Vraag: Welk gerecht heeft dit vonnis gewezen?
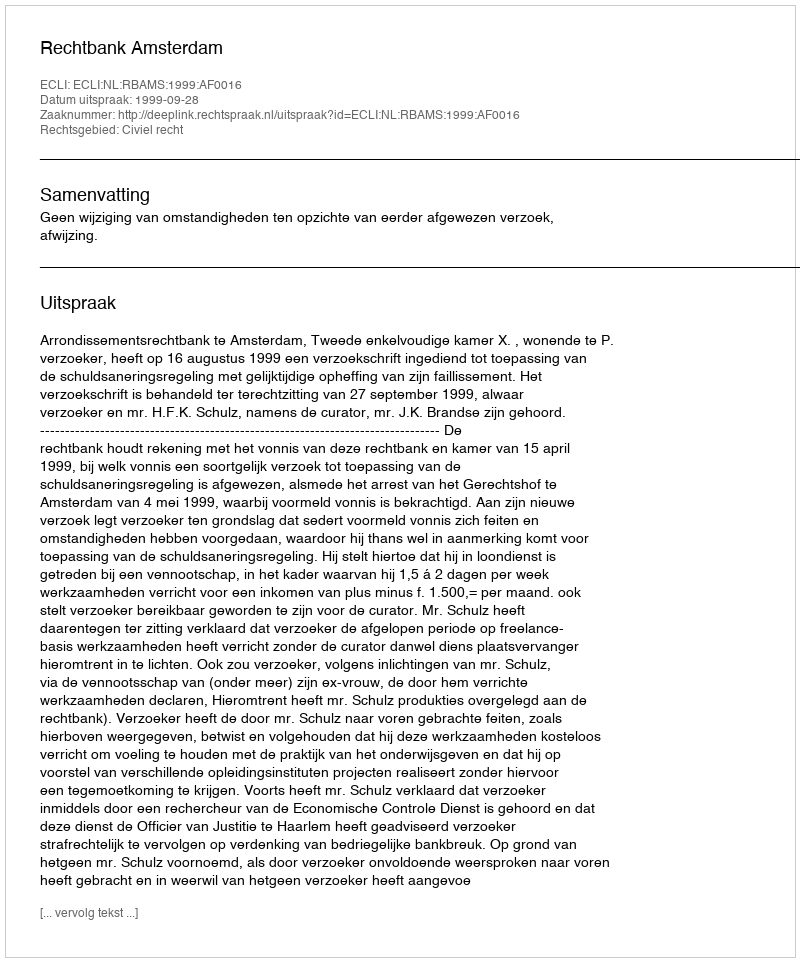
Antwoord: Rechtbank Amsterdam